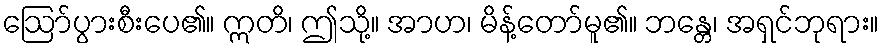
ဩော်ပွားစီးပေ၏။ ဣတိ၊ ဤသို့။ အာဟ၊ မိန့်တော်မူ၏။ ဘန္တေ၊ အရှင်ဘုရား။